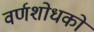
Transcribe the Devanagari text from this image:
वर्णशोधकों